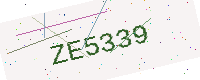
Text: ZE5339